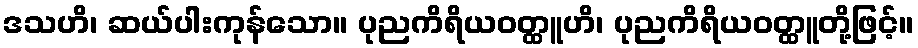
ဒသဟိ၊ ဆယ်ပါးကုန်သော။ ပုညကိရိယဝတ္ထူဟိ၊ ပုညကိရိယဝတ္ထူတို့ဖြင့်။